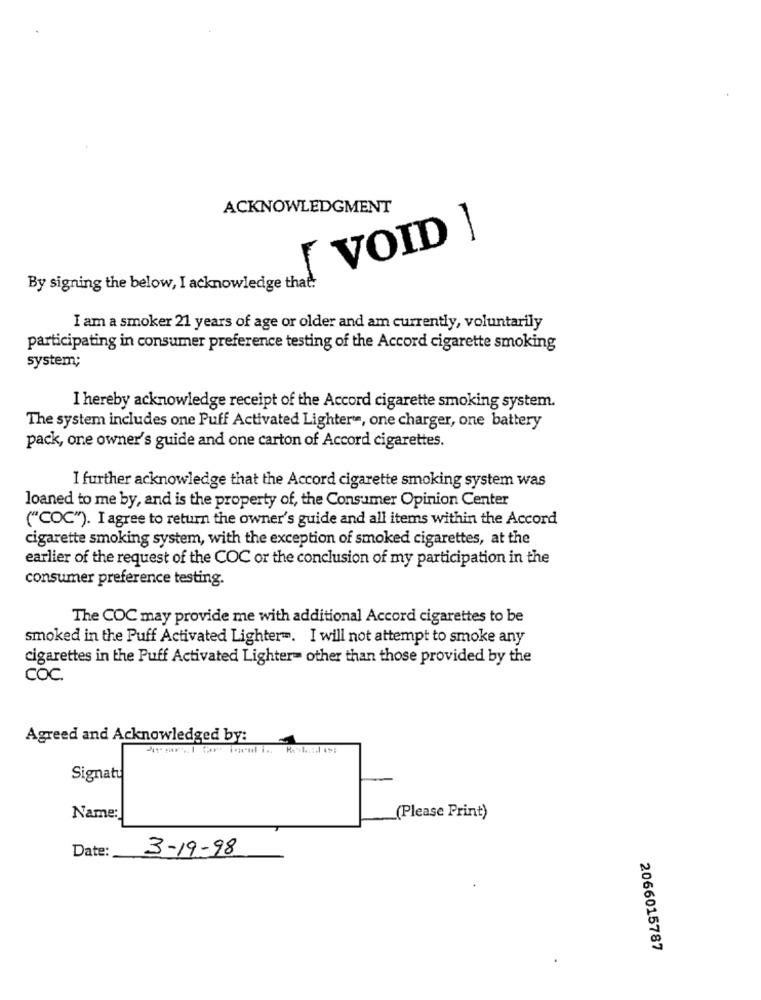
ACKNOWLEDGMENT
[ VOID ]
By signing the below, I acknowledge that!
I am a smoker 21 years of age or older and am currently, voluntarily
participating in consumer preference testing of the Accord cigarette smoking
system;
I hereby acknowledge receipt of the Accord cigarette smoking system.
The system includes one Puff Activated Lighter, one charger, one battery
pack, one owner's guide and one carton of Accord cigarettes.
I further acknowledge that the Accord cigarette smoking system was
loaned to me by, and is the property of, the Consumer Opinion Center
("COC"). I agree to return the owner's guide and all items within the Accord
cigarette smoking system, with the exception of smoked cigarettes, at the
earlier of the request of the COC or the conclusion of my participation in the
consumer preference testing.
The COC may provide me with additional Accord cigarettes to be
smoked in the Puff Activated Lighter =. I will not attempt to smoke any
cigarettes in the Puff Activated Lighter- other than those provided by the
COC.
Agreed and Acknowledged by:
Signat
Name:
(Please Print)
Date:
3-19-98
2066015787